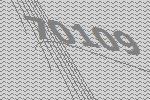
70109